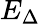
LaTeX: E_{\Delta}